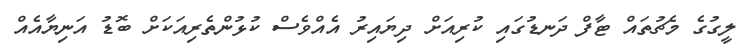
ލީގުގެ މެޗުތައް ޓާފް ދަނޑުގައި ކުރިއަށް ދިޔައިރު އެއްވެސް ކުުޅުންތެރިއަކަށް ބޮޑު އަނިޔާއެއް